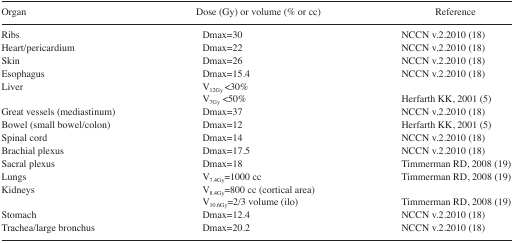
<table><thead><tr><td><b>Organ</b></td><td><b>Dose (Gy) or volume (% or cc)</b></td><td><b>Reference</b></td></tr></thead><tbody><tr><td>Ribs</td><td>Dmax=30</td><td>NCCN v.2.2010 (18)</td></tr><tr><td>Heart/pericardium</td><td>Dmax=22</td><td>NCCN v.2.2010 (18)</td></tr><tr><td>Skin</td><td>Dmax=26</td><td>NCCN v.2.2010 (18)</td></tr><tr><td>Esophagus</td><td>Dmax=15.4</td><td>NCCN v.2.2010 (18)</td></tr><tr><td>Liver</td><td>V<sub>12Gy</sub> &lt;30%</td><td></td></tr><tr><td></td><td>V<sub>7Gy</sub> &lt;50%</td><td>Herfarth KK, 2001 (5)</td></tr><tr><td>Great vessels (mediastinum)</td><td>Dmax=37</td><td>NCCN v.2.2010 (18)</td></tr><tr><td>Bowel (small bowel/colon)</td><td>Dmax=12</td><td>Herfarth KK, 2001 (5)</td></tr><tr><td>Spinal cord</td><td>Dmax=14</td><td>NCCN v.2.2010 (18)</td></tr><tr><td>Brachial plexus</td><td>Dmax=17.5</td><td>NCCN v.2.2010 (18)</td></tr><tr><td>Sacral plexus</td><td>Dmax=18</td><td>Timmerman RD, 2008 (19)</td></tr><tr><td>Lungs</td><td>V<sub>7.4Gy</sub>=1000 cc</td><td>Timmerman RD, 2008 (19)</td></tr><tr><td>Kidneys</td><td>V<sub>8.4Gy</sub>=800 cc (cortical area)</td><td></td></tr><tr><td></td><td>V<sub>10.6Gy</sub>=2/3 volume (ilo)</td><td>Timmerman RD, 2008 (19)</td></tr><tr><td>Stomach</td><td>Dmax=12.4</td><td>NCCN v.2.2010 (18)</td></tr><tr><td>Trachea/large bronchus</td><td>Dmax=20.2</td><td>NCCN v.2.2010 (18)</td></tr></tbody></table>